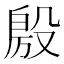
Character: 𭮴